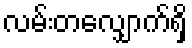
လမ်းတလျှောက်ရှိ